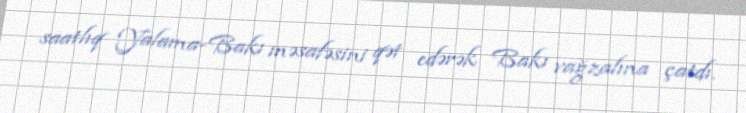
saatlıq Yalama-Bakı məsafəsini qət edərək Bakı vağzalına çatdı.